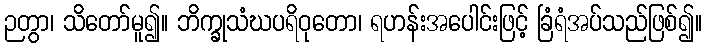
ဉတွာ၊ သိတော်မူ၍။ ဘိက္ခုသံဃပရိဝုတော၊ ရဟန်းအပေါင်းဖြင့် ခြံရံအပ်သည်ဖြစ်၍။